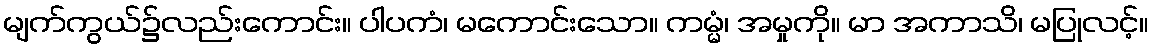
မျက်ကွယ်၌လည်းကောင်း။ ပါပကံ၊ မကောင်းသော။ ကမ္မံ၊ အမှုကို။ မာ အကာသိ၊ မပြုလင့်။